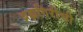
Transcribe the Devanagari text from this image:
ब्रह्मगिरीची